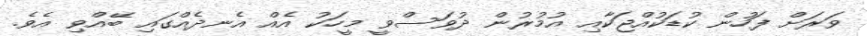
ވަރަށް ފަހުން ކުޑަކުއްޖަކާއި އުމުރުން ދުވަސްވީ މީހަކު އެއް އެނދެއްގައި ބޭއްވި އެވެ.